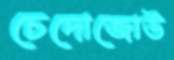
চেদোজোউ